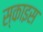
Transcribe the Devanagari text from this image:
स्काइस